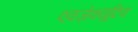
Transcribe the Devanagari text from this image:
एक्ज़ेक्यूटिव